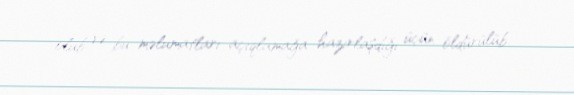
olub və bu məlumatları açıqlamağa hazırlaşdığı üçün öldürülüb.